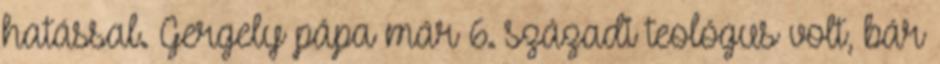
hatással. Gergely pápa már 6. századi teológus volt, bár